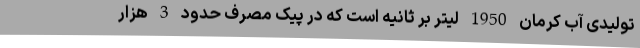
تولیدی آب کرمان 1950 لیتر بر ثانیه است که در پیک مصرف حدود 3 هزار